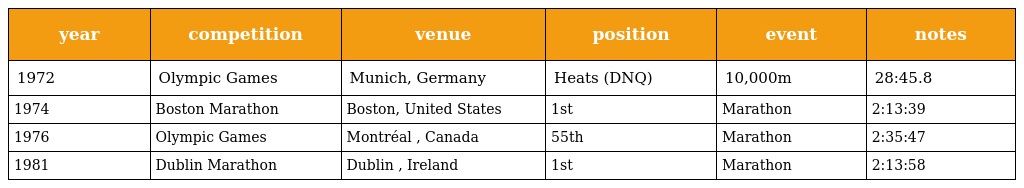
| year | competition | venue | position | event | notes |
 | --- | --- | --- | --- | --- | --- |
 | 1972 | Olympic Games | Munich, Germany | Heats (DNQ) | 10,000m | 28:45.8 |
 | 1974 | Boston Marathon | Boston, United States | 1st | Marathon | 2:13:39 |
 | 1976 | Olympic Games | Montréal , Canada | 55th | Marathon | 2:35:47 |
 | 1981 | Dublin Marathon | Dublin , Ireland | 1st | Marathon | 2:13:58 |